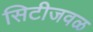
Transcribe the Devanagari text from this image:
सिटीजवळ